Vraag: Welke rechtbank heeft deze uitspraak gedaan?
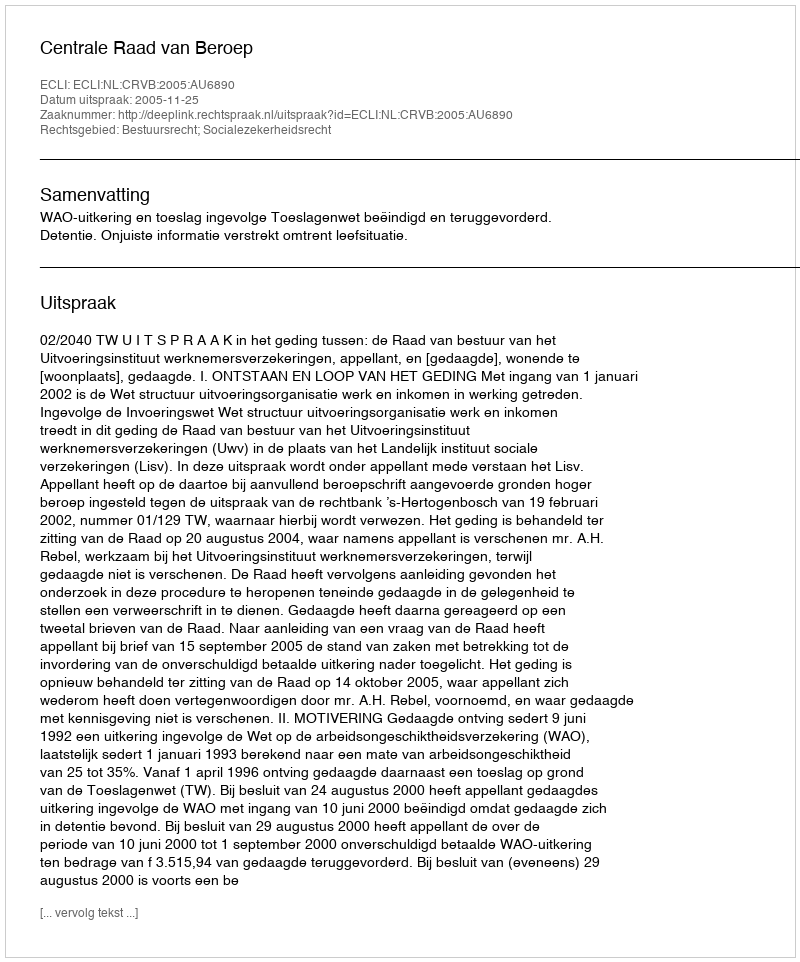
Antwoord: Centrale Raad van Beroep